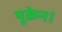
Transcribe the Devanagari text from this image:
यूक्रेन।